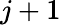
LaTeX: j+1